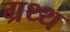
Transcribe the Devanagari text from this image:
ग्रथ्थ